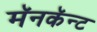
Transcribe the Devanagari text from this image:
मॅनकॅन्ट